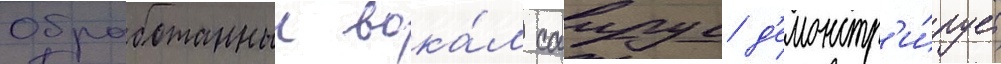
Обработанныи вока́л саирус д'емонстр'и́рует